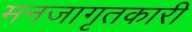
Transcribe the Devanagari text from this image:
मनजागृतकारी